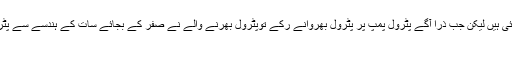
لکھنے والے نے تو لکھ دیا کہ ہم سب بھائی ہیں لیکن جب ذرا آگے پٹرول پمپ پر پٹرول بھروانے رکے توپٹرول بھرنے والے نے صفر کے بجائے سات کے ہندسے سے پٹرول بھر کر تقاضا ادائیگی صفر میٹر کے
حساب سے کیا۔